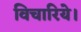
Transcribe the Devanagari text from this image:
विचारिये।